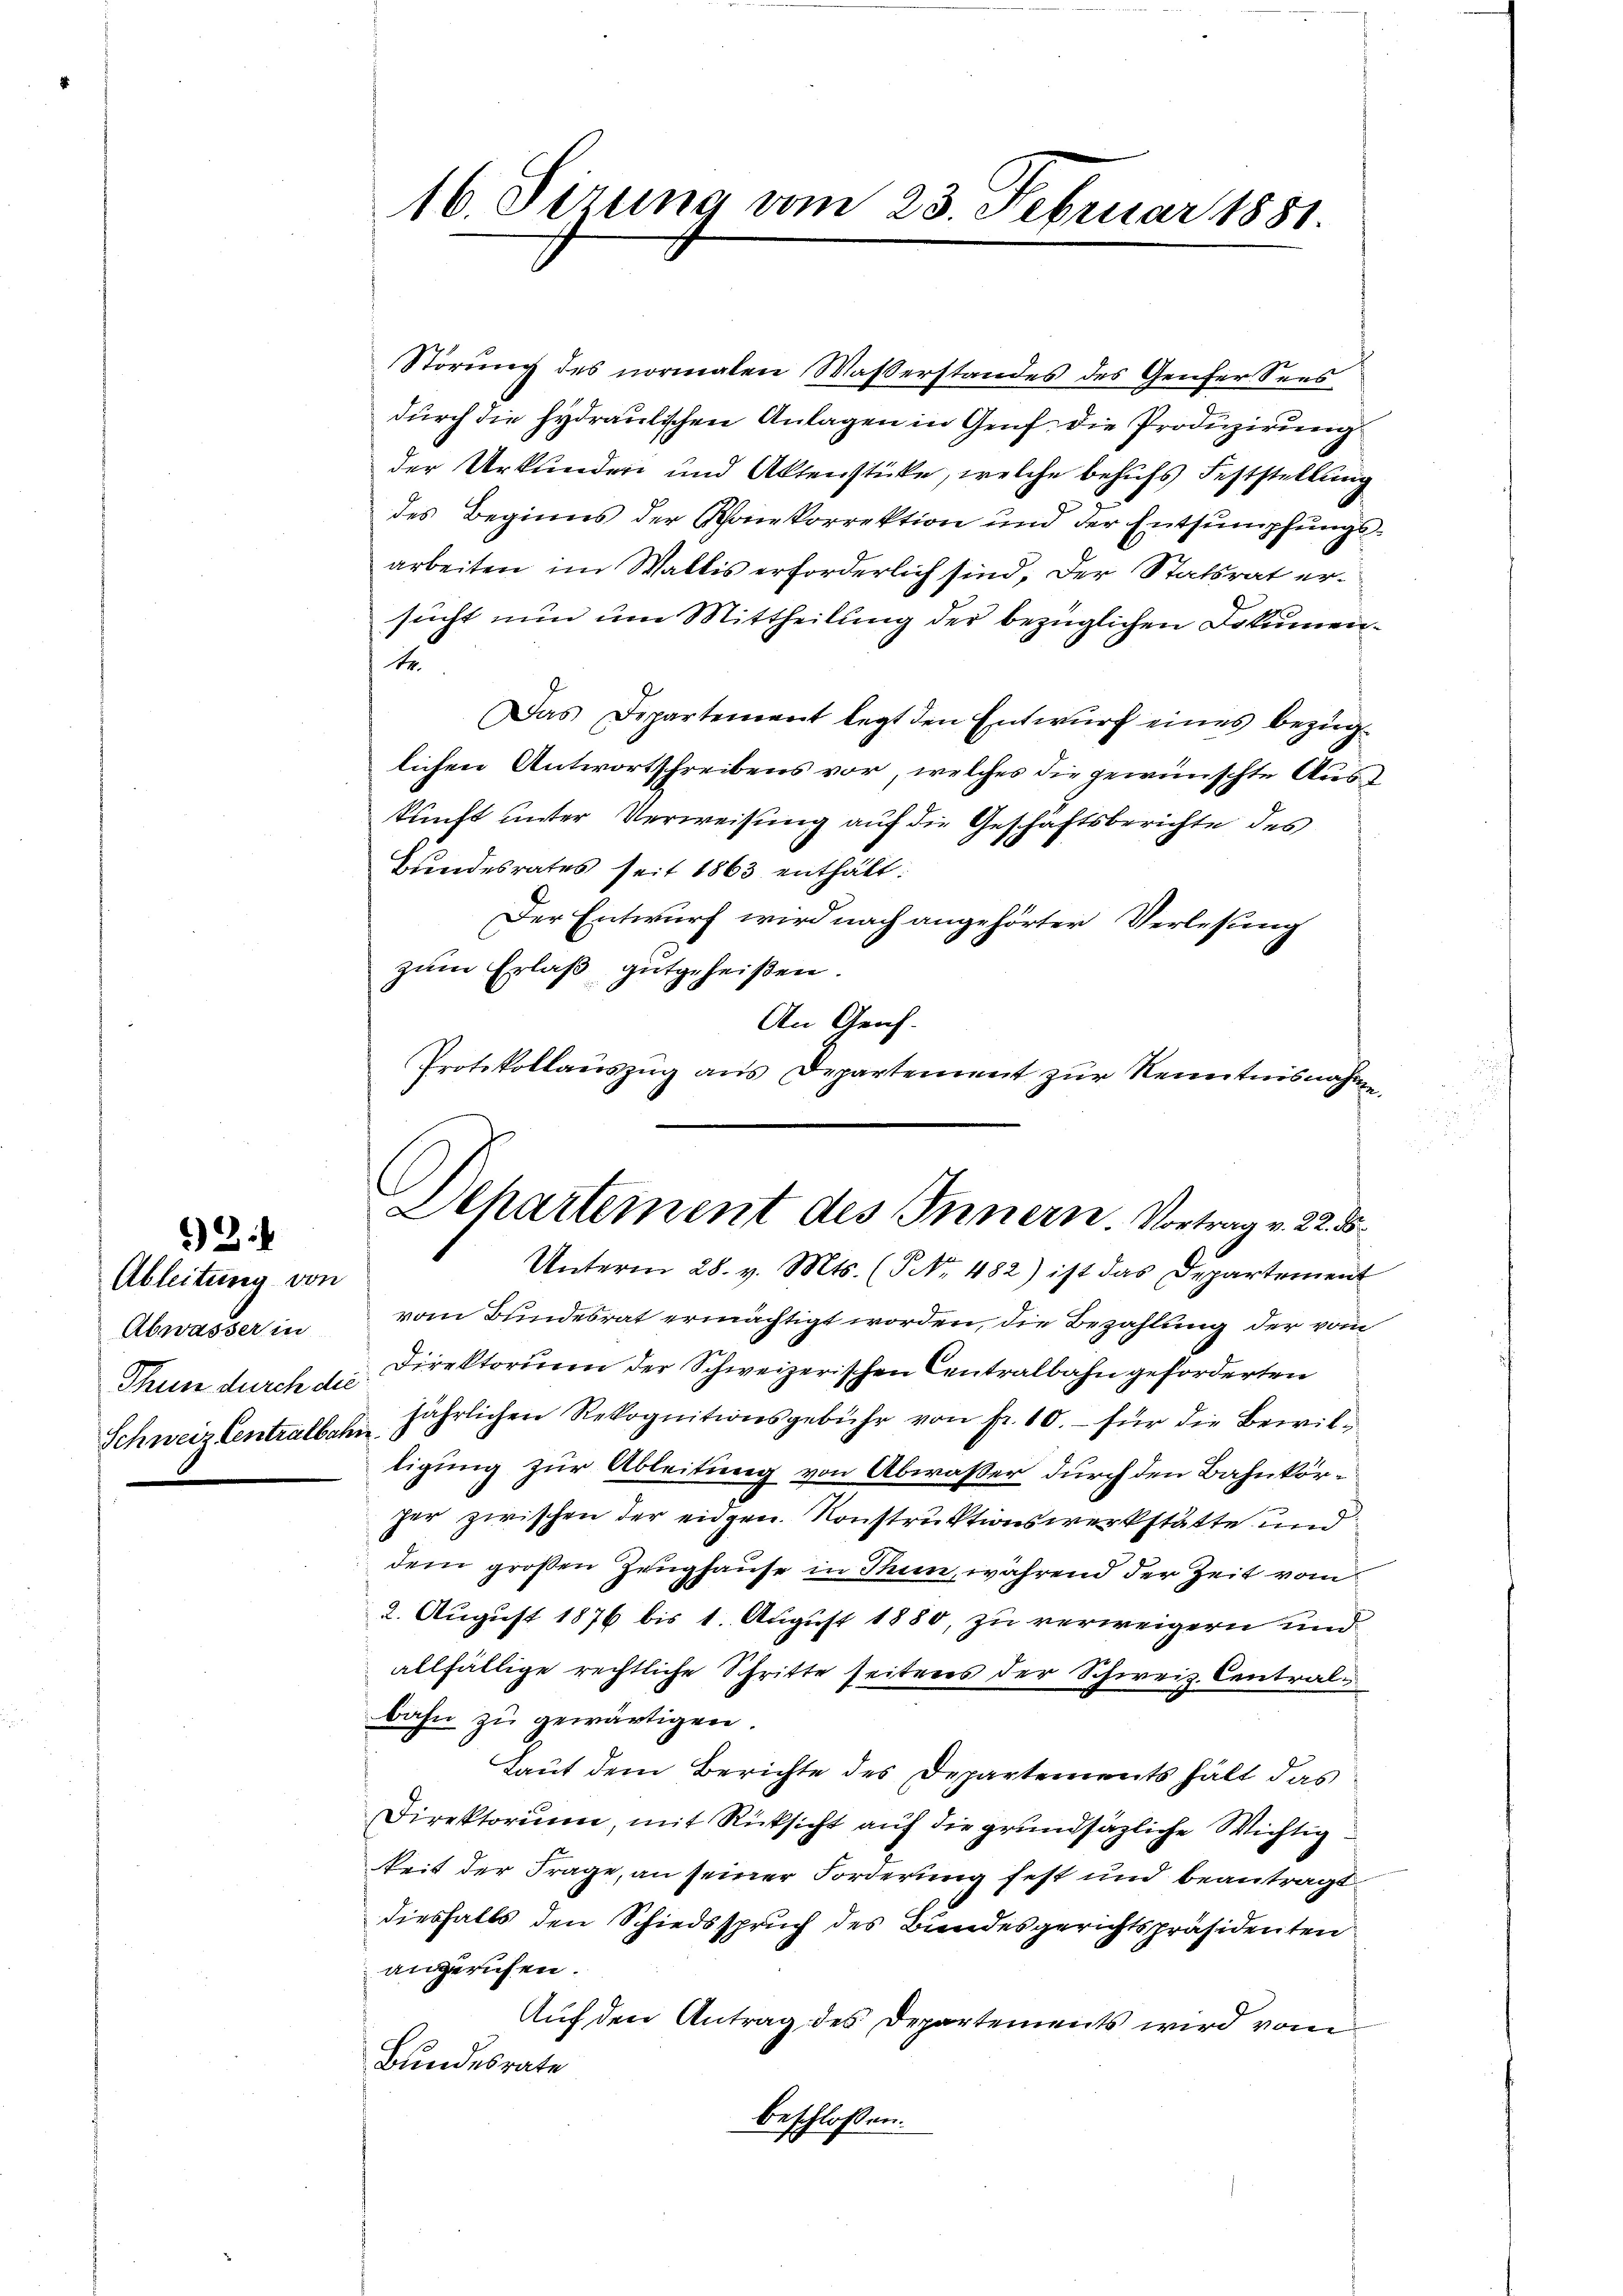
*)

Ableitung von
Abwässer in
Thun durch die
Schweiz Centralbahn

16. Sizung vom 23. Februar 1881.

Störung des normalen Waßerstandes des Genfer Sees
durch die hydraulischen Anlagen in Genf die Produzirung
der Urkunden und Aktenstücke, welche behufs Feststellung
des Beginns der Schonekorrektion und der Entsumpfungsarbeiten im Wallis erforderlich sind, der Statsrat ersucht nun um Mittheilung der bezüglichen Dokumen¬
2
Das Departement legt den Entwŭrf eines bezüg-
lichen Antwortschreibens vor, welches die gewünschte Auskunft unter Verweisung auf die Geschäftsberichte des
Bundesrates seit 1863 enthält:
Der Entwurf wird nach angehörter Verlesung
zum Erlaß gutgeheißen.
An Genf.
Protokollaŭszŭg ans Departement zŭr Kenntnisnahme,

vom Bundesrat ermächtigt worden, die Bezahlung der vom
Direktorium der Schweizerischen Centralbahn geforderten
jährlichen Rekognitionsgebühr von fr. 10. – für die Bewilligung zur Ableitung von Abwaßer durch den Bahnköre
her zwischen der eidgen. Konstruktionswerkstätte und
dem großen Zeughause in Thun, während der Zeit vom
2. August 1876 bis 1. August 1880, zu verweigern und
allfällige rechtliche Schritte seitens der Schweiz. Centralbahn zu gewärtigen.
Laut dem Berichte des Departements hält das
Direktorium, mit Rücksicht auf die grundsätzliche Wichtigkeit der Frage, an seiner Forderung fest und beantragt
diesfalls den Schiedsspruch des Bundesgerichtspräsidenten
angerufen.
Auf den Antrag des Departements wird vom
Bundesrate
beschlossen:

Departement des Innern Vortrag v. 22. d
Unterm 28. v. Mts. (T No. 482) ist das Departement